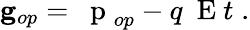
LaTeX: {\mathbf g}_{op}=\mathrm{~\mathbf~p~}_{op}-q\mathrm{~\mathbf~E~}t\; .